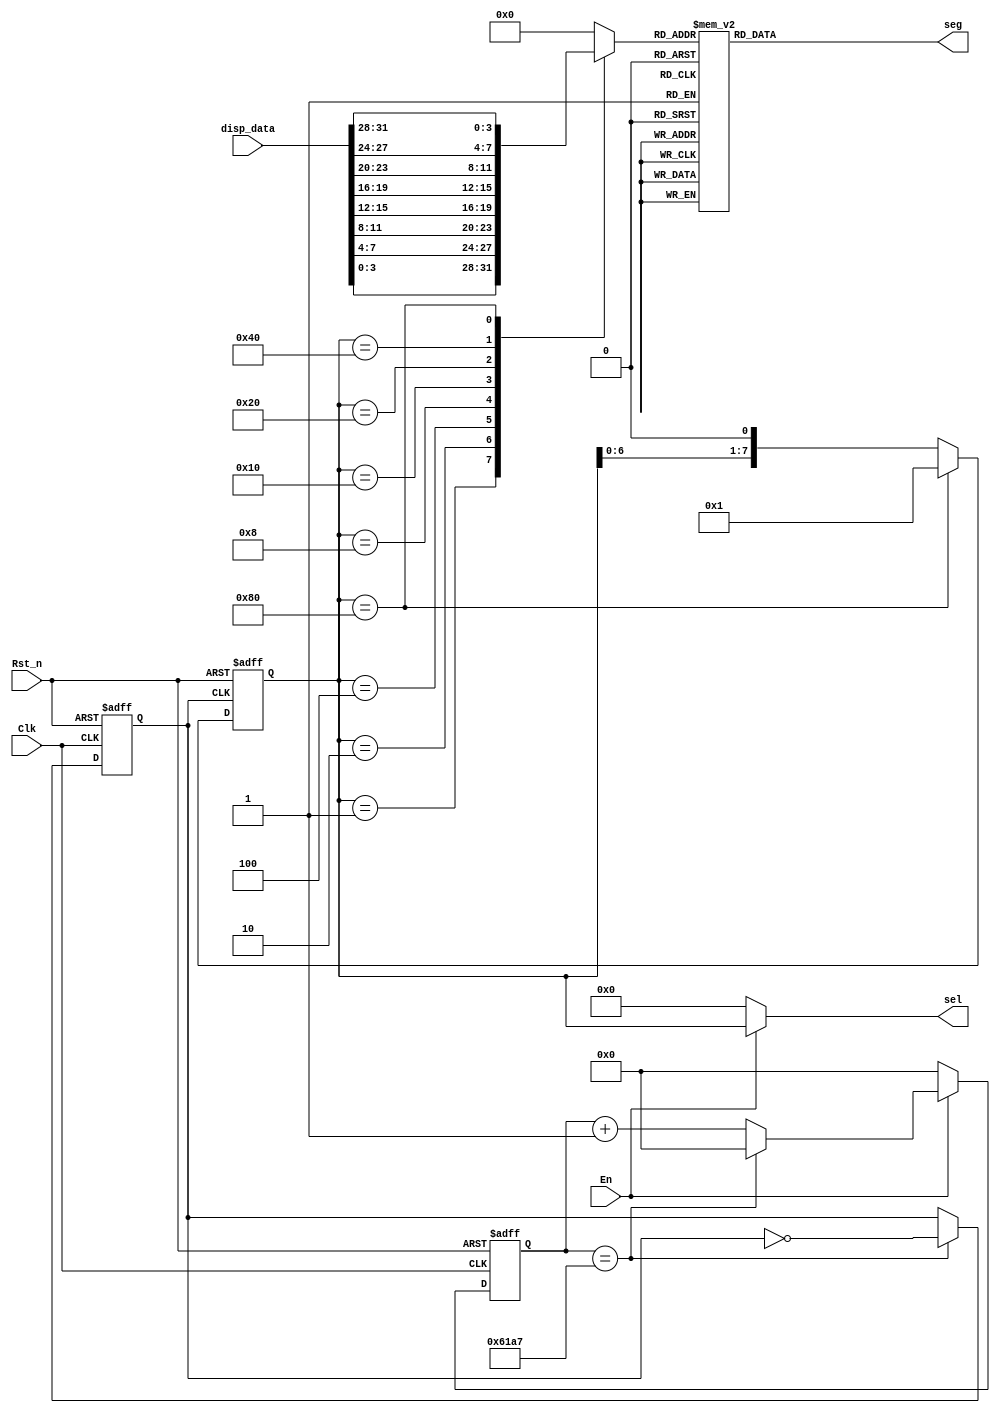
/***************************************************
*	Module Name		:	HEX8		   
*	Engineer		   :	
*	Target Device	:	EP4CE10F17C8
*	Tool versions	:	Quartus II 13.0
*	Revision		   :	v1.0
*	Description		:  87
**************************************************/

module HEX8(Clk,Rst_n,En,disp_data,sel,seg);

	input Clk;	//50M
	input Rst_n;
	input En;	//10
	
	input [31:0]disp_data;
	
	output [7:0] sel;//
	output reg [6:0] seg;//
	
	reg [14:0]divider_cnt;//25000-1
	
	reg clk_1K;
	reg [7:0]sel_r;
	
	reg [3:0]data_tmp;//

//	
	always@(posedge Clk or negedge Rst_n)
	if(!Rst_n)
		divider_cnt <= 15'd0;
	else if(!En)
		divider_cnt <= 15'd0;
	else if(divider_cnt == 24999)
		divider_cnt <= 15'd0;
	else
		divider_cnt <= divider_cnt + 1'b1;

//1K		
	always@(posedge Clk or negedge Rst_n)
	if(!Rst_n)
		clk_1K <= 1'b0;
	else if(divider_cnt == 24999)
		clk_1K <= ~clk_1K;
	else
		clk_1K <= clk_1K;
		
//8
	always@(posedge clk_1K or negedge Rst_n)
	if(!Rst_n)
		sel_r <= 8'b0000_0001;
	else if(sel_r == 8'b1000_0000)
		sel_r <= 8'b0000_0001;
	else
		sel_r <=  sel_r << 1;
		
	always@(*)
		case(sel_r)
			8'b0000_0001:data_tmp = disp_data[3:0];
			8'b0000_0010:data_tmp = disp_data[7:4];
			8'b0000_0100:data_tmp = disp_data[11:8];
			8'b0000_1000:data_tmp = disp_data[15:12];
			8'b0001_0000:data_tmp = disp_data[19:16];
			8'b0010_0000:data_tmp = disp_data[23:20];
			8'b0100_0000:data_tmp = disp_data[27:24];
			8'b1000_0000:data_tmp = disp_data[31:28];
			default:data_tmp = 4'b0000;
		endcase
		
	always@(*)
		case(data_tmp)
			4'h0:seg = 7'b1000000;
			4'h1:seg = 7'b1111001;
			4'h2:seg = 7'b0100100;
			4'h3:seg = 7'b0110000;
			4'h4:seg = 7'b0011001;
			4'h5:seg = 7'b0010010;
			4'h6:seg = 7'b0000010;
			4'h7:seg = 7'b1111000;
			4'h8:seg = 7'b0000000;
			4'h9:seg = 7'b0010000;
			4'ha:seg = 7'b0001000;
			4'hb:seg = 7'b0000011;
			4'hc:seg = 7'b1000110;
			4'hd:seg = 7'b0100001;
			4'he:seg = 7'b0000110;
			4'hf:seg = 7'b0001110;
		endcase
		
	assign sel = (En)?sel_r:8'b0000_0000;

endmodule